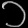
Digit: ၁